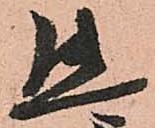
態